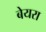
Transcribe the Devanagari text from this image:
बेयरा